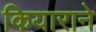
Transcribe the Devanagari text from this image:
कियाराने